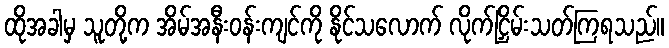
ထိုအခါမှ သူတို့က အိမ်အနီးဝန်းကျင်ကို နိုင်သလောက် လိုက်ငြှိမ်းသတ်ကြရသည်။